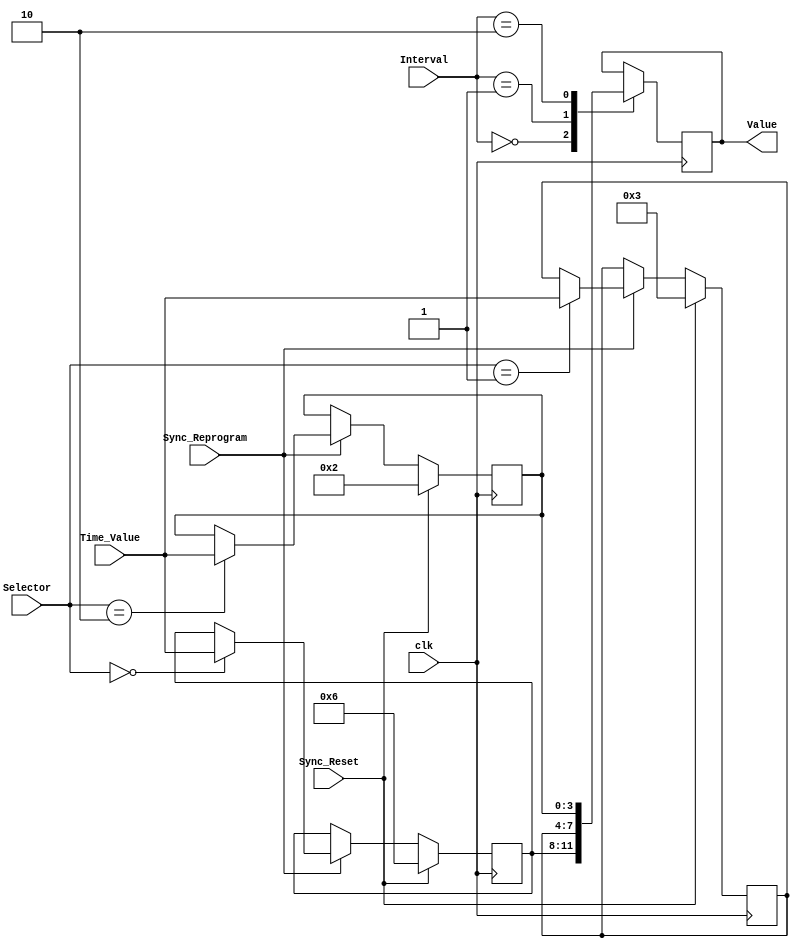
`timescale 1ns / 1ps
//////////////////////////////////////////////////////////////////////////////////
// Company: 
// Engineer: 
// 
// Design Name: 
// Module Name: Time_Parameters
// Project Name: 
// Target Devices: 
// Tool Versions: 
// Description: 
// 
// Dependencies: 
// 
// Revision:
// Revision 0.01 - File Created
// Additional Comments:
// 
//////////////////////////////////////////////////////////////////////////////////


module Time_Parameters(
    input Sync_Reprogram,
    input Sync_Reset,
    input [1:0] Selector,
    input [3:0] Time_Value,
    input [1:0] Interval,
    input clk,
    output reg [3:0] Value
    );
    
    reg[3:0] tBase = 4'b0110;   //00
    reg[3:0] tExt = 4'b0011;    //01
    reg[3:0] tYel = 4'b0010;    //10
    
    always @(posedge clk) begin
    
        case (Interval)
            2'b00: Value = tBase;
            2'b01: Value = tExt;
            2'b10: Value = tYel;
        endcase
        
        if (Sync_Reprogram) begin
            case (Selector)
                2'b00: tBase = Time_Value;
                2'b01: tExt = Time_Value;
                2'b10: tYel = Time_Value;
            endcase
        end
        
        if (Sync_Reset) begin
            tBase = 4'b0110;  //00
            tExt = 4'b0011;   //01
            tYel = 4'b0010;   //10
        end
    end
    
endmodule